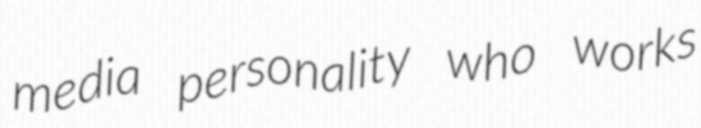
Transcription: media personality who works